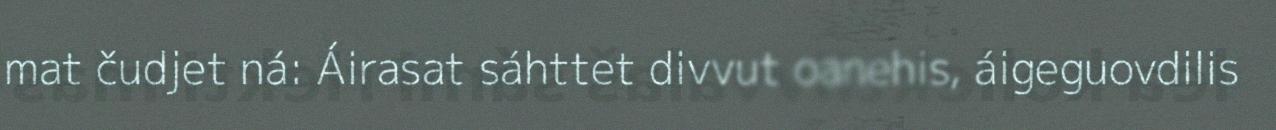
mat čudjet ná: Áirasat sáhttet divvut oanehis, áigeguovdilis